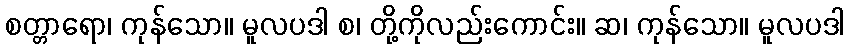
စတ္တာရော၊ ကုန်သော။ မူလပဒါ စ၊ တို့ကိုလည်းကောင်း။ ဆ၊ ကုန်သော။ မူလပဒါ